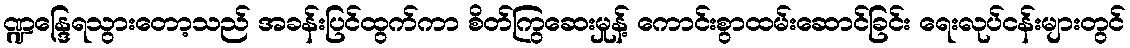
ဏ္ဍန္ဒြေရသွားတော့သည် အခန်းပြင်ထွက်ကာ စိတ်ကြွဆေးမှုန့် ကောင်းစွာထမ်းဆောင်ခြင်း ရေးလုပ်ငန်းများတွင်